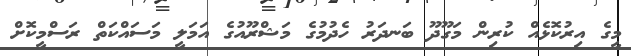
މީގެ އިރުކޮޅެއް ކުރިން މަގޫދޫ ބަނދަރު ހެދުމުގެ މަޝްރޫއުގެ އަމަލީ މަސައްކަތް ރަސްމީކޮށް